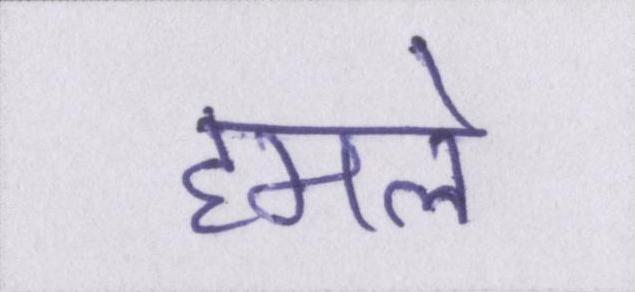
हमले